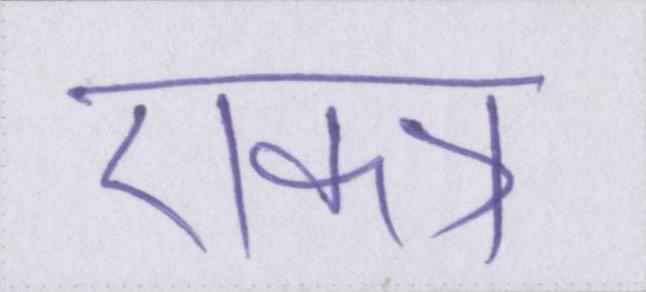
एकत्र